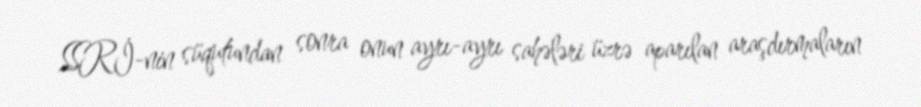
SSRİ-nin süqutundan sonra onun ayrı-ayrı sahələri üzrə aparılan araşdırmaların